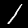
Digit: 1